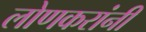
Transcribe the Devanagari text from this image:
लोणकरांनी